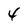
Character: 4